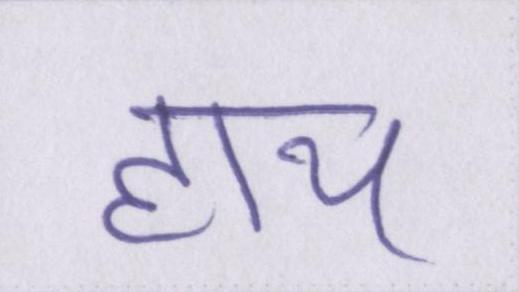
हाय